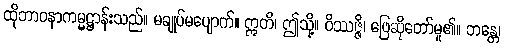
ထိုဘာဝနာကမ္မဋ္ဌာန်းသည်။ မချုပ်မပျောက်။ ဣတိ၊ ဤသို့။ ဝိဿဇ္ဇိ၊ ဖြေဆိုတော်မူ၏။ ဘန္တေ၊